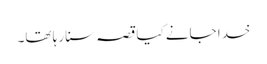
خدا جانے کیا قصہ سنا رہا تھا۔